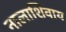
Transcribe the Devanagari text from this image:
नालाशिवाय